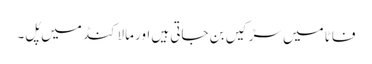
فاٹا میں سڑکیں بن جاتی ہیں اور مالاکنڈ میں پُل۔